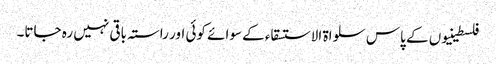
فلسطینیوں کے پاس سلواۃ الاستسقاء کے سوائے کوئی اور راستہ باقی نہیں رہ جاتا۔